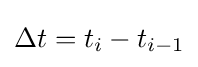
\Delta t=t_{i}-t_{i-1}